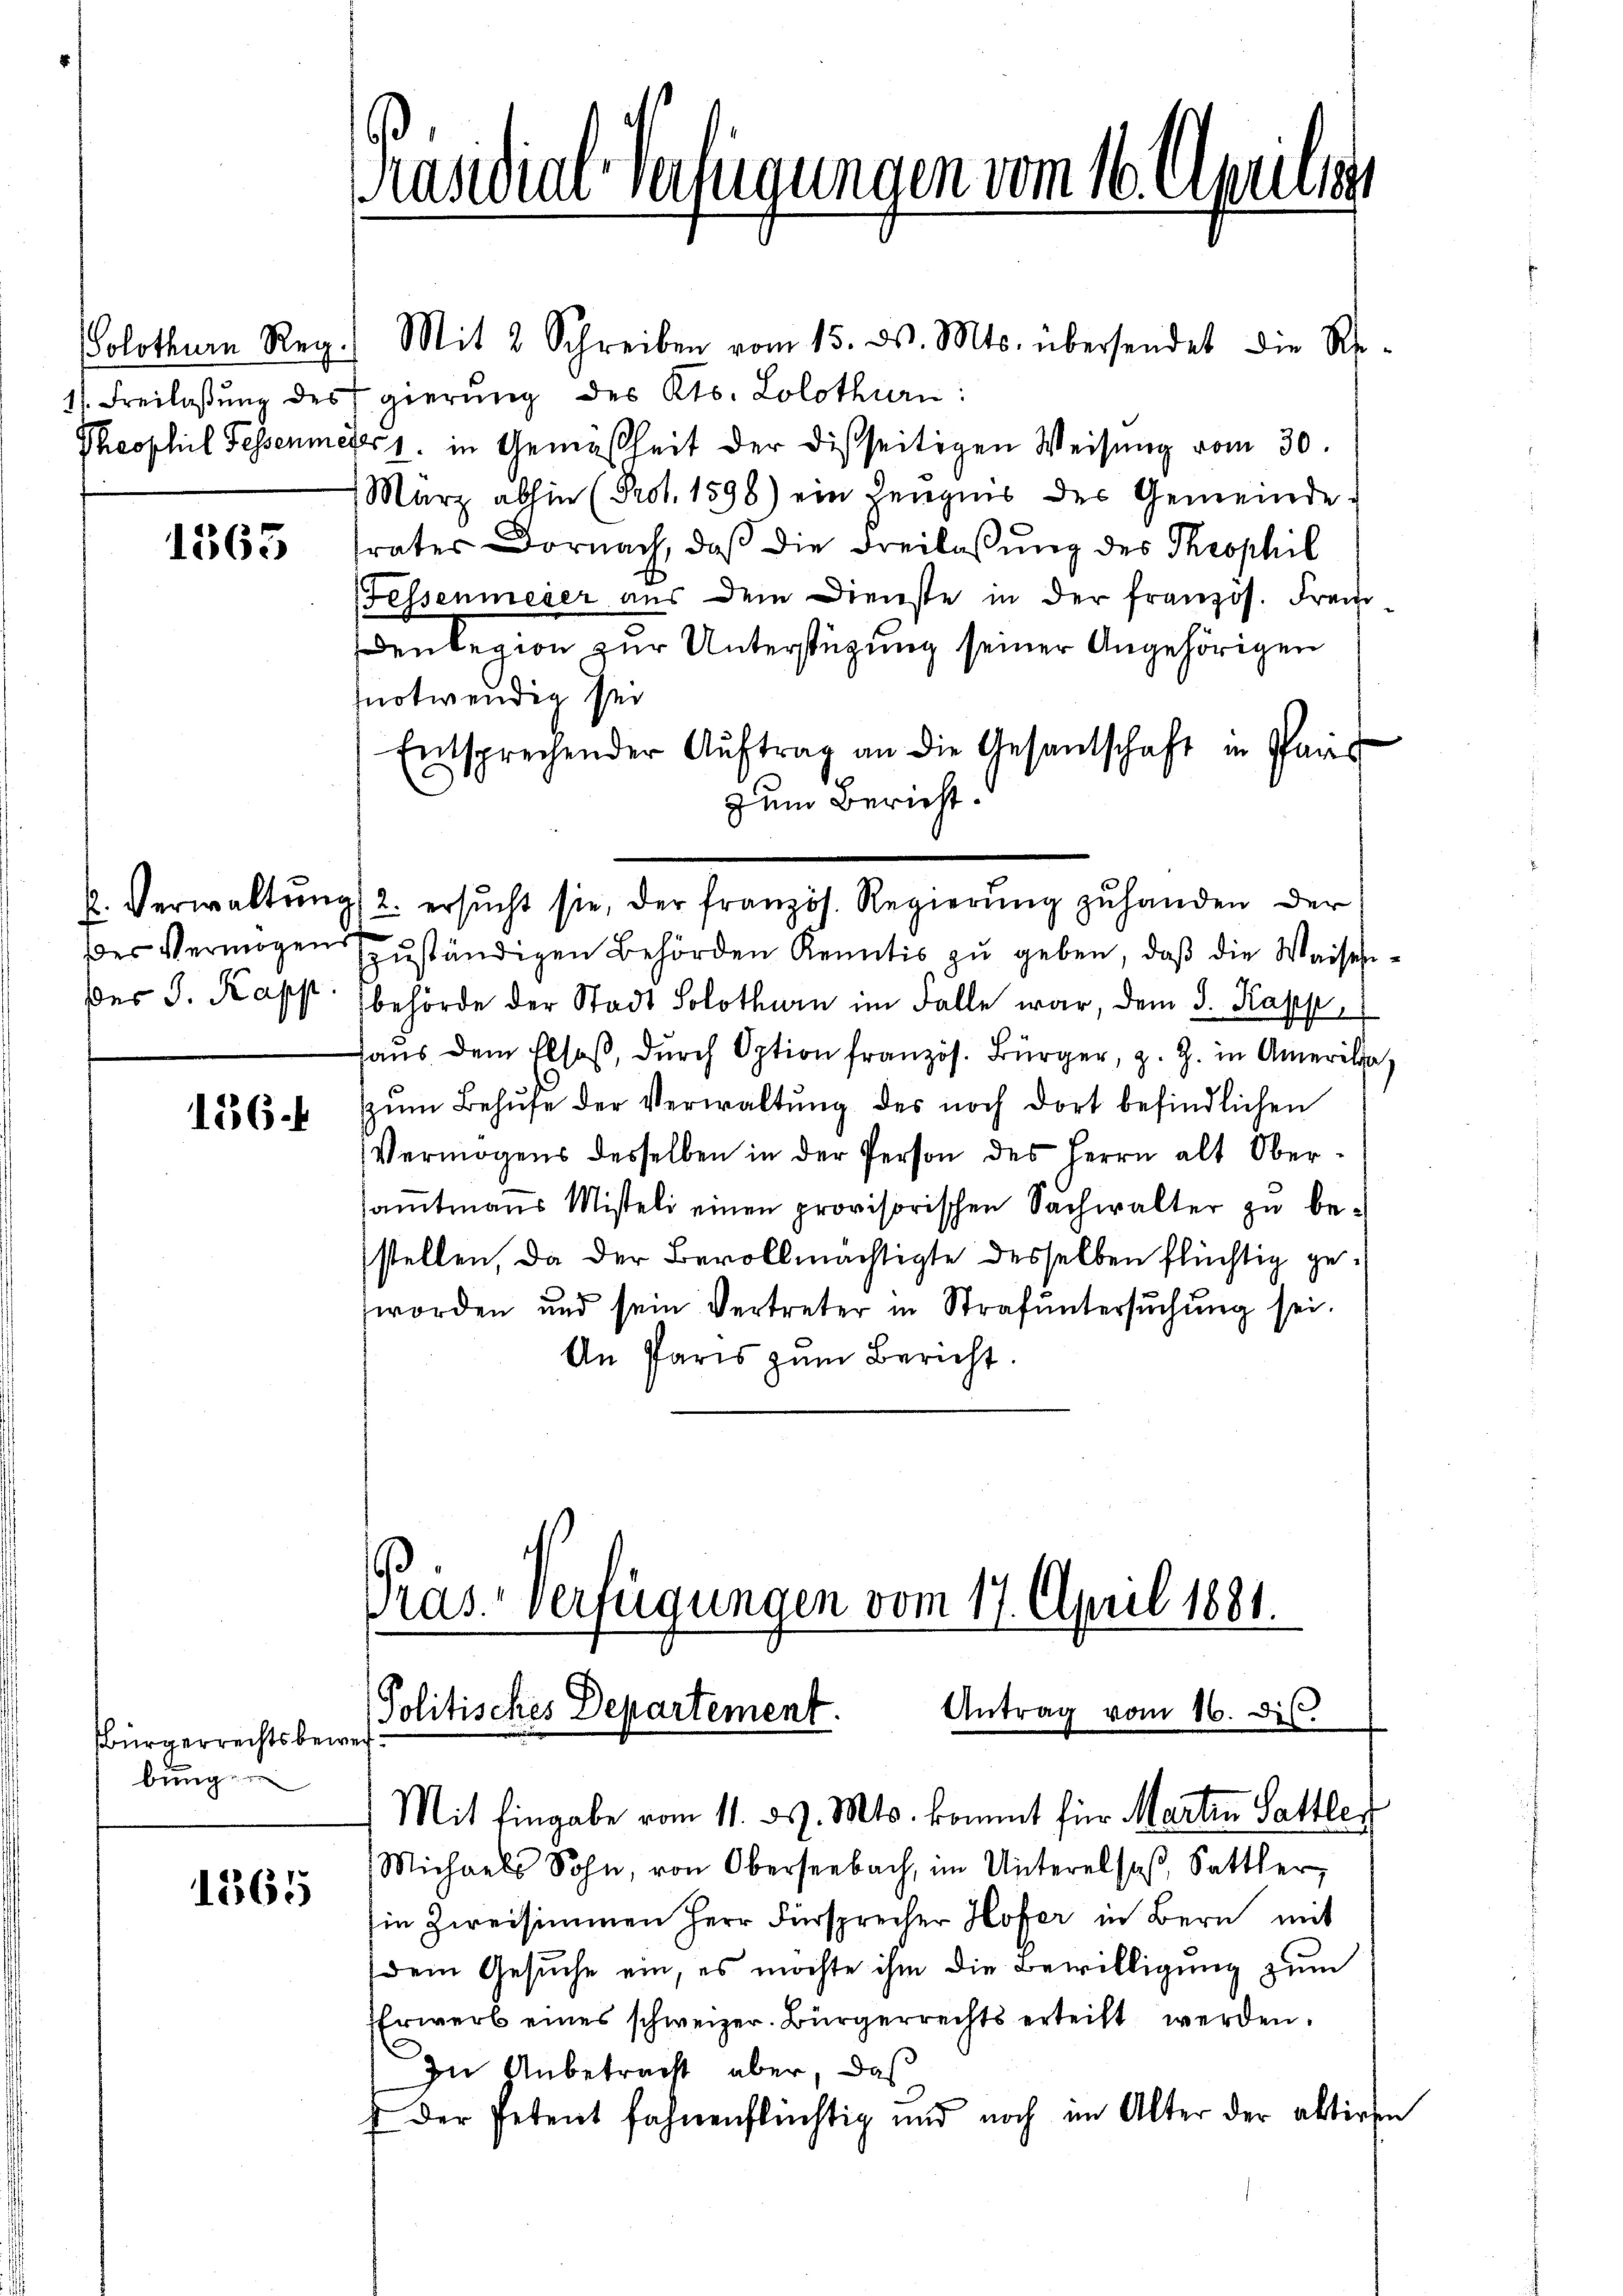
Solothurn Reg.
1. Freilassung des
Theophil Fessenmer

1363

E. Verwaltung
Der Vermögens
dder J. Kapp.

156.

Bürgerrechtsbewei
bung

1365

Präsidial-Vahigungen vom 16. Aprilist

Mit 2 Schreiben vom 15. d. Mts. übersendet die Re-
gierung des Kts. Solothurn:
41. in Gemäßheit der Disseitigen Weisung vom 30.
Marz abhin (Prot. 1596) ein Zeugnis der Gemeinde-
rates Dornach, daß die Freilassung des Theophil
Fessenmeier aus dem Dienste in der französ. Frei
denlegion zur Unterstüzung seiner Angehörigen
notwendig sei
Entsprechender Aŭftrag an die Gesantschaft in Paris
zum Bericht.
zuständigen Behörden Kenntis zu geben, daß die Waisenbehörde der Stadt Solothurn im Falle war, dem 3. Kapp
aus dem Elsaß, durch Option französ. Bürger, z. Z. in Amerikazŭm Behufe der Verwaltŭng des noch dort befindlichen
Vermögens desselben in der Person des Herrn alt Obersamtmanns Misteli einen provisorischen Sachwalter zu be-
stellen, da der Bevollmächtigte desselben flüchtig geworden und sein Vertreter in Strafuntersŭchŭng sei.
An Paris zum Bericht.

2. ersŭcht sie, der französ. Regierŭng zuhanden der

Pras. Verfügungen vom 17. April 1881.
Politisches Departement. Antrag vom 16. dis.
Mit Eingabe vom 11. ds. Mts. kommt für Martin Sattler

Michaels Sohn, von Oberseebach, im Unterelsaβ, Sattler,
in Zweisimmen Herr Fürsprecher Hofer in Bern mit
dem Gesuche ein, es möchte ihm die Bewilligung zum
Erwerb eines schweizer. Bürgerrechts erteilt werden.
In Anbetracht aber, daß
 Der Petent fahnenflüchtig und noch im Alter der aktiren